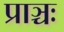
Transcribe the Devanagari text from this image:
प्राञ्चः